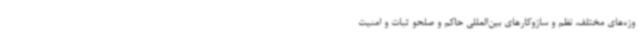
وزه‌های مختلف، نظم و سازوکارهای بین‌المللی حاکم و صلحو ثبات و امنیت